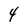
Character: 4